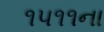
૧૫૧૧ના